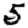
Digit: 5